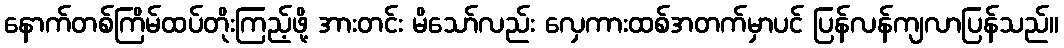
နောက်တစ်ကြိမ်ထပ်တိုးကြည့်ဖို့ အားတင်း မိသော်လည်း လှေကားထစ်အတက်မှာပင် ပြန်လန်ကျလာပြန်သည်။